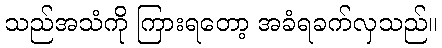
သည်အသံကို ကြားရတော့ အခံရခက်လှသည်။